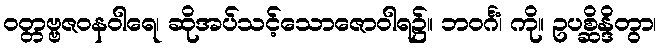
ဝတ္တဗ္ဗဇဝနဝါရေ၊ ဆိုအပ်သင့်သောဇောဝါရ၌။ ဘဝင်္ဂံ၊ ကို။ ဥပစ္ဆိန္ဒိတွာ၊